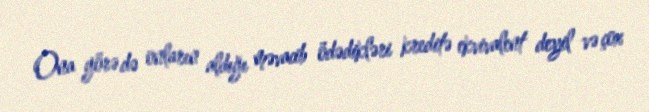
Ona görə də onların aldığı məvacib ödədikləri kreditə ekvivalent deyil və çox